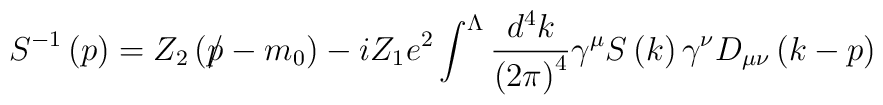
S^{-1}\left(p\right) =Z_{2}\left( p\hspace{-0.2cm}/ -m_{0}\right)-iZ_{1}e^{2}\int^{\Lambda }\frac{d^{4}k}{\left( 2\pi \right) ^{4}}\gamma ^{\mu}S\left( k\right) \gamma ^{\nu }D_{\mu \nu }\left( k-p\right)